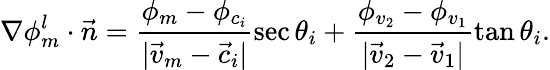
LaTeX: \nabla\phi_{m}^{l}\cdot\vec{n}=\frac{\phi_{m}-\phi_{c_{i}}}{|\vec{v}_{m}-\vec{c}_{i}|}\sec\theta_{i}+\frac{\phi_{v_{2}}-\phi_{v_{1}}}{|\vec{v}_{2}-\vec{v}_{1}|}\tan\theta_{i}.